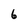
Character: 6